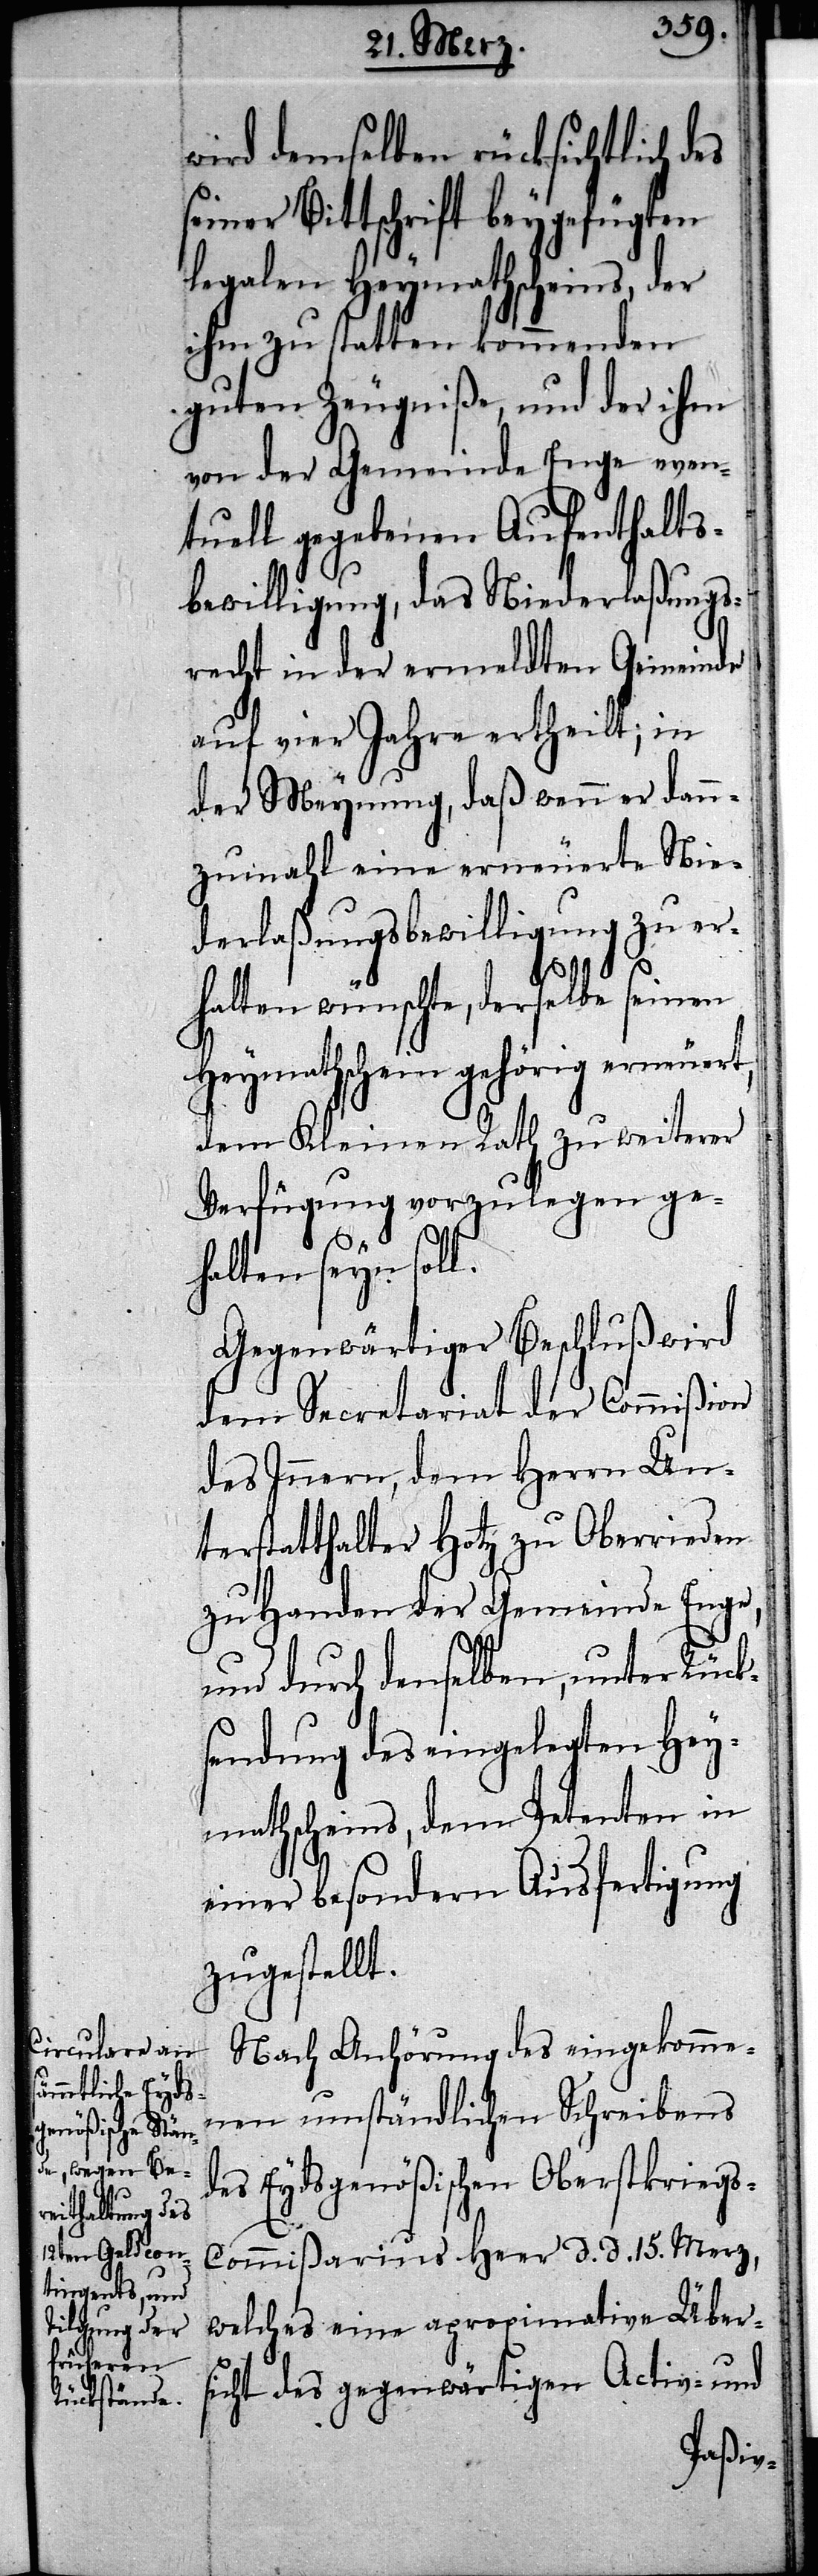
willigung zu er¬
erlaßungsbe¬

wird demselben rücksichtlich
seiner Bittschrift beygefügten
legalen Heymathscheins, der
ihm zu statten kommenden
guten Zeugniße, und der ihm
von der Gemeinde Enge even¬
tuell gegebenen Aufenthalts¬
bewilligung, das Niederlaßungs¬
recht in der ermeldten Gemeinde
auf vier Jahre ertheilt; in
der Meynung, daß wenn er dann¬
zumahl eine erneuerte Nied¬
halten wünschte, derselbe seinen
Heymathschein gehörig erneuert,
dem Kleinen Rath zu weiterer
Verfügung vorzulegen ge¬
halten seyn soll.
Gegenwärtiger Beschluß wird
dem Secretariat der Commißion
des Innern, dem Herrn Un¬
terstatthalter Hotz zu Oberrieden
zu Handen der Gemeinde Enge,
und durch denselben, unter Rück¬
sendung des eingelegten Hey¬
mathscheins, dem Petenten in
einer besondern Ausfertigung
zugestellt.
Nach Anhörung des eingekomme¬
nen umständlichen Schreibens
des Eydsgenößischen Oberstkrieg¬
s-Commißarius Heer d. d. 15. Merz,
welches eine aproximative Übers¬
icht des gegenwärtigen Activ- und